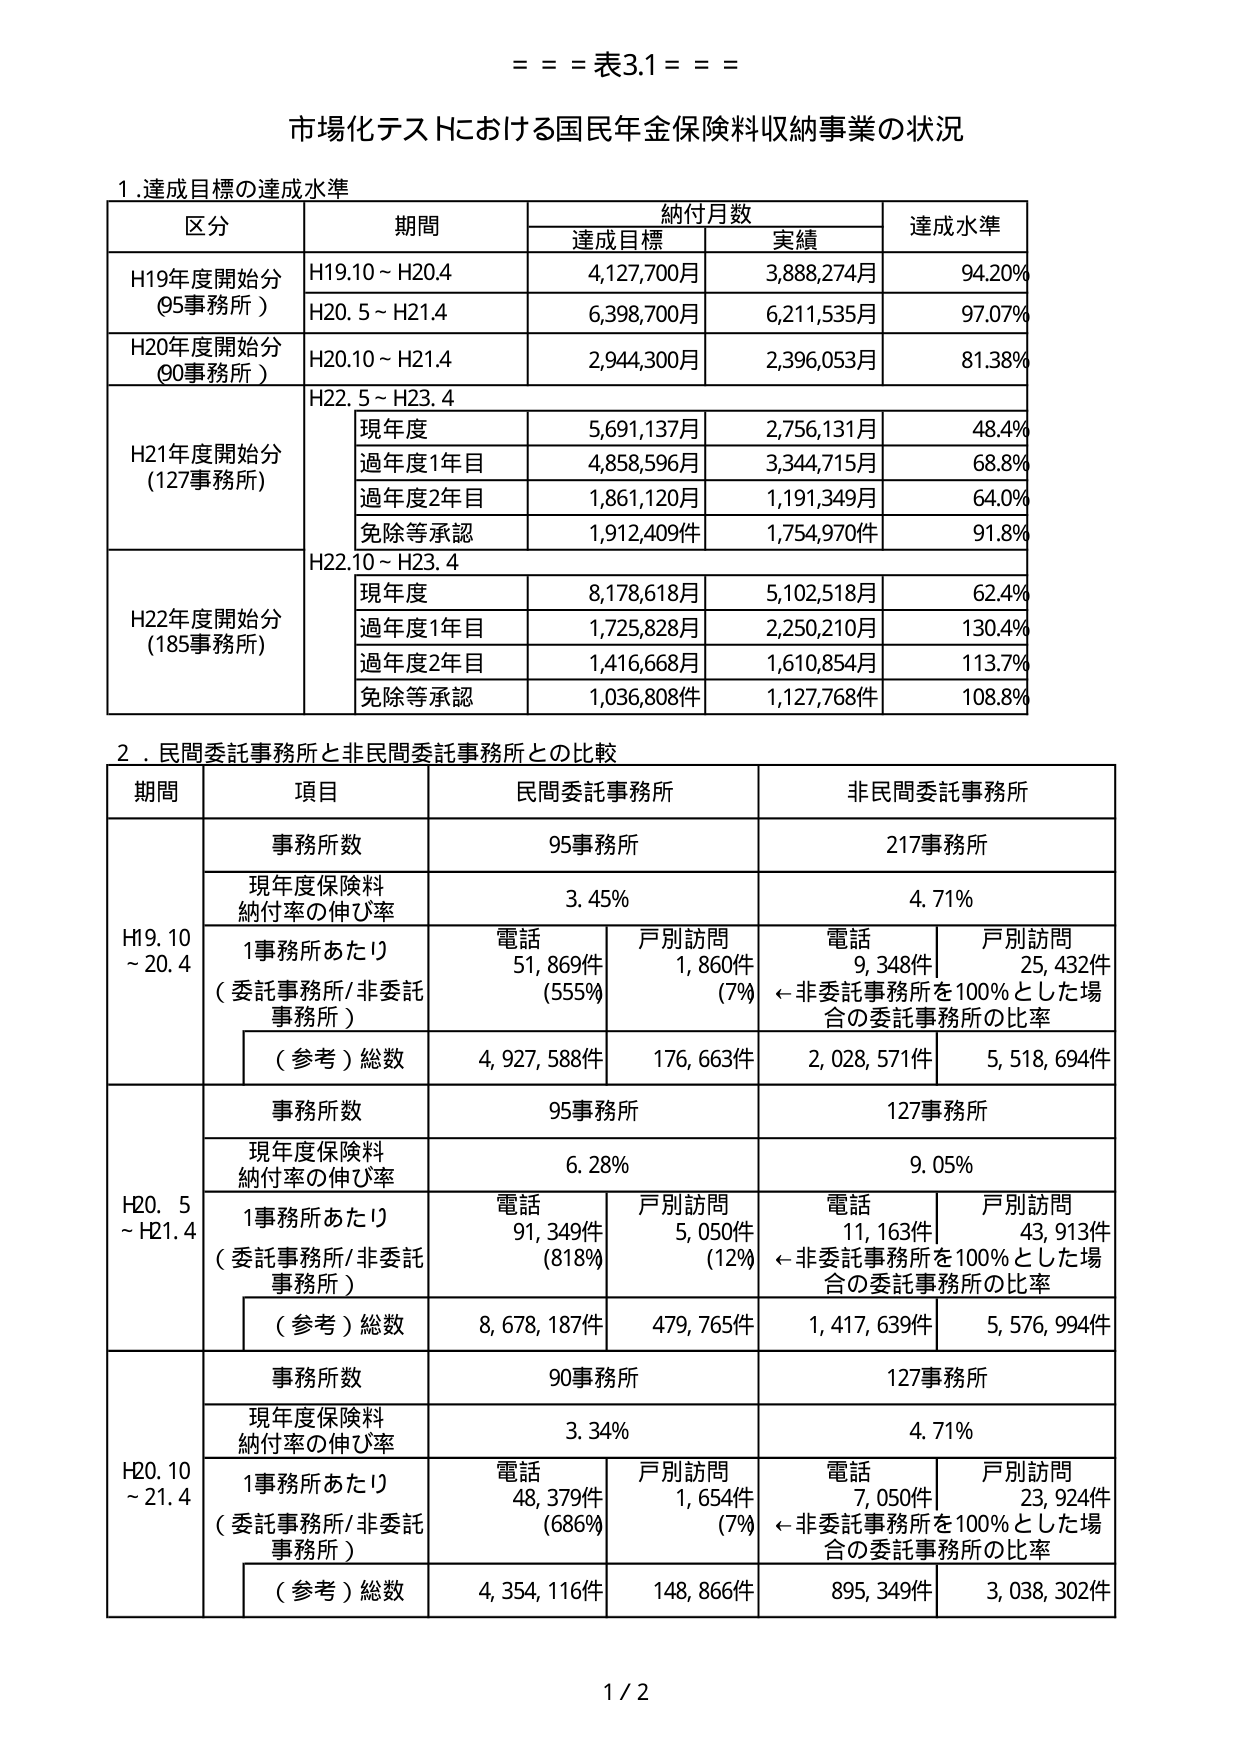
= = = 表3.1 = = =

市場化テストにおける国民年金保険料収納事業の状況

1. 達成目標の達成水準

区分 期間 納付月数 達成水準
　　　　　　　達成目標 実績

H19年度開始分
(95事務所) H19.10～H20.4 4,127,700月 3,888,274月 94.20%
　　　　　H20.5～H21.4 6,398,700月 6,211,535月 97.07%

H20年度開始分
(90事務所) H20.10～H21.4 2,944,300月 2,396,053月 81.38%

H21年度開始分
(127事務所) H22.5～H23.4
　　　　　　現年度 5,691,137月 2,756,131月 48.4%
　　　　　　過年度1年目 4,858,596月 3,344,715月 68.8%
　　　　　　過年度2年目 1,861,120月 1,191,349月 64.0%
　　　　　　免除等承認 1,912,409件 1,754,970件 91.8%

H22年度開始分
(185事務所) H22.10～H23.4
　　　　　　現年度 8,178,618月 5,102,518月 62.4%
　　　　　　過年度1年目 1,725,828月 2,250,210月 130.4%
　　　　　　過年度2年目 1,416,668月 1,610,854月 113.7%
　　　　　　免除等承認 1,036,808件 1,127,768件 108.8%

2. 民間委託事務所と非民間委託事務所との比較

期間 項目 民間委託事務所 非民間委託事務所

H19.10～20.4 事務所数 95事務所 217事務所
　　　　　　現年度保険料
　　　　　　納付率の伸び率 3.45% 4.71%
　　　　　　1事務所あたり
　　　　　　（委託事務所/非委託
　　　　　　事務所） 電話 51,869件
　　　　　　　　　　　　(555%) 戸別訪問 1,860件
　　　　　　　　　　　　　　　　　　(7%) 電話 9,348件
　　　　　　　　　　　　　　　　　　　　戸別訪問 25,432件
　　　　　　　　　　　　　　　　　　　　←非委託事務所を100%とした場
　　　　　　　　　　　　　　　　　　　　合の委託事務所の比率
　　　　　　（参考）総数 4,927,588件 176,663件 2,028,571件 5,518,694件

H20.5～H21.4 事務所数 95事務所 127事務所
　　　　　　現年度保険料
　　　　　　納付率の伸び率 6.28% 9.05%
　　　　　　1事務所あたり
　　　　　　（委託事務所/非委託
　　　　　　事務所） 電話 91,349件
　　　　　　　　　　　　(818%) 戸別訪問 5,050件
　　　　　　　　　　　　　　　　　　(12%) 電話 11,163件
　　　　　　　　　　　　　　　　　　　　戸別訪問 43,913件
　　　　　　　　　　　　　　　　　　　　←非委託事務所を100%とした場
　　　　　　　　　　　　　　　　　　　　合の委託事務所の比率
　　　　　　（参考）総数 8,678,187件 479,765件 1,417,639件 5,576,994件

H20.10～21.4 事務所数 90事務所 127事務所
　　　　　　現年度保険料
　　　　　　納付率の伸び率 3.34% 4.71%
　　　　　　1事務所あたり
　　　　　　（委託事務所/非委託
　　　　　　事務所） 電話 48,379件
　　　　　　　　　　　　(686%) 戸別訪問 1,654件
　　　　　　　　　　　　　　　　　　(7%) 電話 7,050件
　　　　　　　　　　　　　　　　　　　　戸別訪問 23,924件
　　　　　　　　　　　　　　　　　　　　←非委託事務所を100%とした場
　　　　　　　　　　　　　　　　　　　　合の委託事務所の比率
　　　　　　（参考）総数 4,354,116件 148,866件 895,349件 3,038,302件

1 / 2